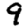
Digit: 9